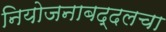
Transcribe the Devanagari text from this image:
नियोजनाबद्दलचा